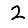
Digit: 2